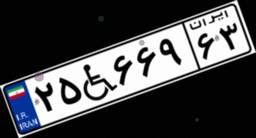
۳۷W۳۶۹۰۸